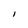
Character: I